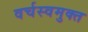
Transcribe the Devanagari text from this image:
वर्चस्वमुक्त